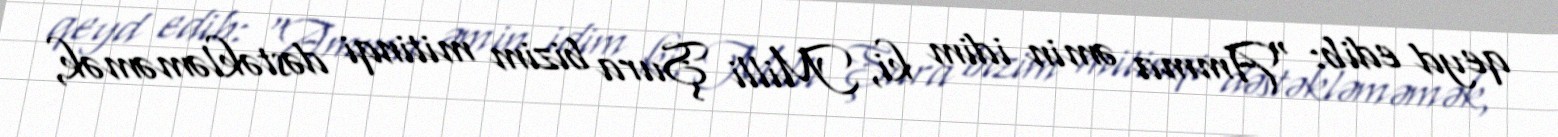
qeyd edib: "Amma əmin idim ki, Milli Şura bizim mitinqi dəstəkləməmək,